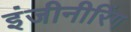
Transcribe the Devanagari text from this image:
इंजीनीरिंग